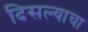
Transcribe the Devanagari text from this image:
दिसल्याचा